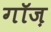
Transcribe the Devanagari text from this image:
गॉज़